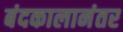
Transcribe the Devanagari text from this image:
बंदकालानंतर